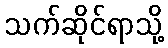
သက်ဆိုင်ရာသို့